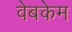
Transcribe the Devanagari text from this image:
वेबकेम